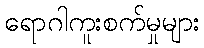
ရောဂါကူးစက်မှုများ